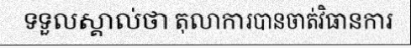
ទទួលស្គាល់ថា តុលាការបានចាត់វិធានការ